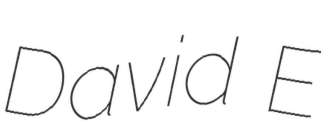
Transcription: David E